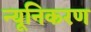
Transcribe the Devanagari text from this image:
न्यूनिकरण